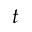
t